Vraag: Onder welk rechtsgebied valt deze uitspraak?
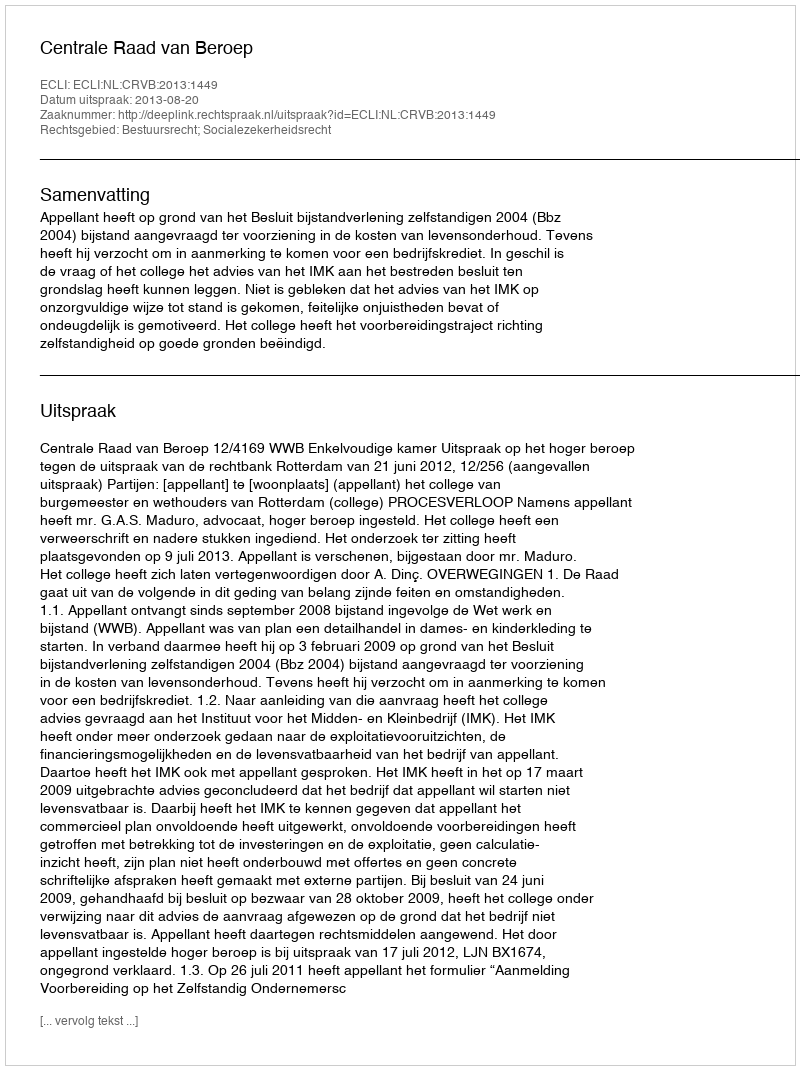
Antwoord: Bestuursrecht; Socialezekerheidsrecht